Leaving Certificate Examination, 1909
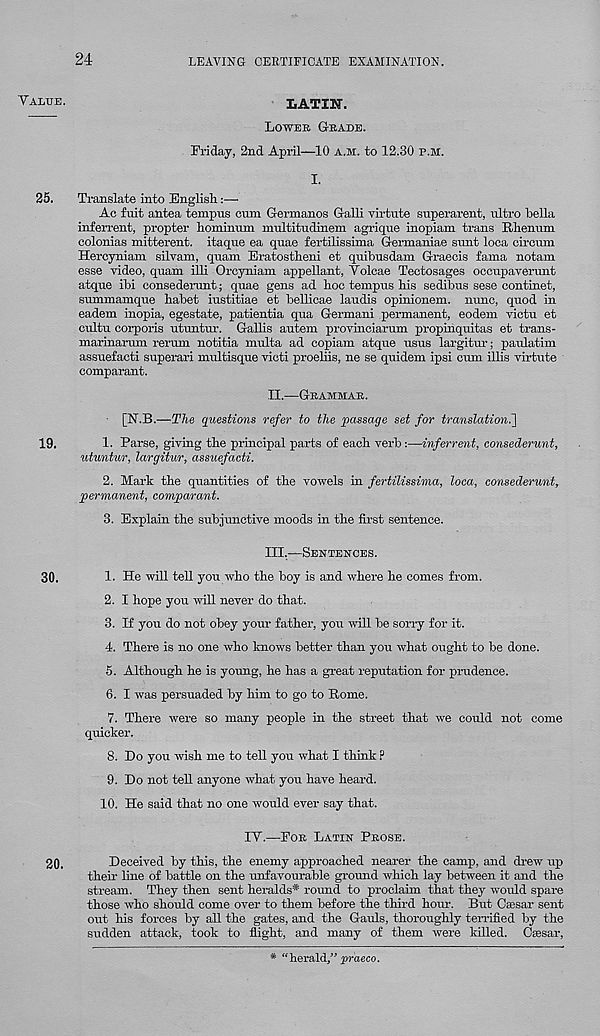
24
LEAVING CERTIFICATE EXAMINATION.
LATIN.
LOWER GRADE.
Friday, 2nd April—10 A.M. to 12.30 P.M.
I.
25.
Translate into English:—-
Ac fait antea tempus cum Germanos Galli virtute superarent, ultro bella
inferrent, propter hominum multitudinem agrique inopiam trails Rhenum
colonias mitterent. itaque ea quae fertilissima Germaniae sunt loca ciroum
Hercyniam silvam, quam Eratostheni et quibusdam Graecis fama notam
esse video, quam illi Orcyniam appellant, Volcae Tectosages occupavenmt
atque ibi consedenmt; quae gens ad boo tempus bis sedibus sese continet,
summamque babet iustitiae et bellicae laudis opinionem. nunc, quod in
eadem inopia, egestate, patientia qua German! permanent, eodem victu et
cultu corporis utuntur. Gallis autem provinciarum propinquitas et trans-
marinarum rerum notitia multa ad copiam atque usus largitur; paulatim
assuefacti superari multisque victi proeliis, ne se quidem ipsi cum illis virtute
comparant.
II.
—
[N.B.—The questions refer to the passage set for translation.']
19.
1. Parse, giving tbe principal parts of eacb verb:—inferrent, consederunt,
utuntur, largitur, assuefacti.
2. Mark tbe quantities of tbe vowels in fertilissima, loca, consederunt,
permanent, comparant.
3. Explain the subjunctive moods in tbe first sentence.
III.
—
30.
1. He will tell you who tbe boy is and where be comes from.
2. I hope you will never do that.
3. If you do not obey your father, you will be sorry for it.
4. There is no one who knows better than you what ought to be done.
5. Although he is young, he has a great reputation for prudence.
6. I was persuaded by him to go to Rome.
7. There were so many people in the street that we could not come
quicker.
8. Do you wish me to tell you what I think ?
9. Do not tell anyone what you have heard.
10.
He said that no one would ever say tha
IY.—FOR LATIN PROSE.
20.
Deceived by this, the enemy approached nearer the camp, and drew up
their line of battle on the unfavourable ground which lay between it and the
stream. They then sent heralds* round to proclaim that they would spare
those who should come over to them before the third hour. But Csesar sent
out his forces by all the gates, and the Gauls, thoroughly terrified by the
sudden attack, took to flight, and many of them were killed. Csesar,
VALUE.
* “herald,” praeco.